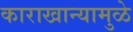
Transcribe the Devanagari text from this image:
काराखान्यामुळे